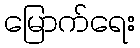
မြောက်ရေး